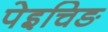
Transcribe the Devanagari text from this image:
पेइचिङ